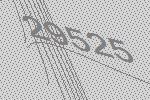
29525